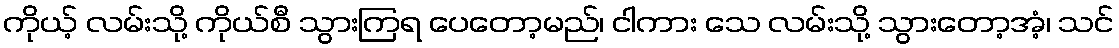
ကိုယ့် လမ်းသို့ ကိုယ်စီ သွားကြရ ပေတော့မည်၊ ငါကား သေ လမ်းသို့ သွားတော့အံ့၊ သင်